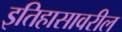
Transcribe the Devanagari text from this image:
इतिहासावरील